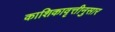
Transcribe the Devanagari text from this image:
काशिकावृत्तीनुसार